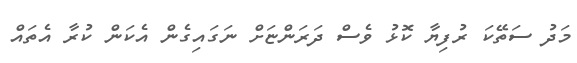
މަދު ސަތޭކަ ރުފިޔާ ކޮޅު ވެސް ދަރަންޏަށް ނަގައިގެން އެކަން ކުރާ އެތައް